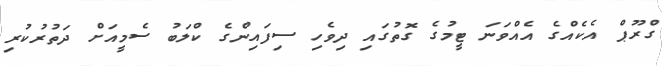
ގްރޫޕް އެކެއްގެ އެއްވަނަ ޓީމުގެ ގޮތުގައި ދިވެހި ސިފައިންގެ ކްލަބު ސެމީއަށް ދަތުރުކުރި